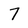
Character: 7